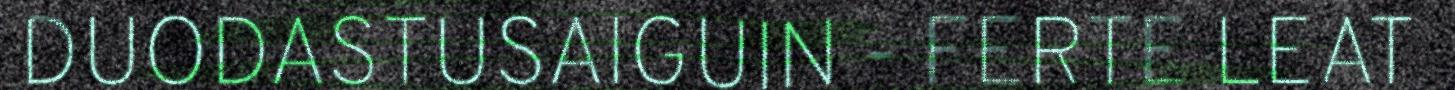
DUODASTUSAIGUIN - FERTE LEAT